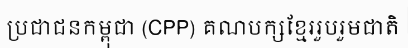
ប្រជាជនកម្ពុជា (CPP) គណបក្សខ្មែររួបរួមជាតិ